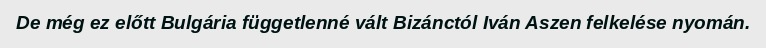
De még ez előtt Bulgária függetlenné vált Bizánctól Iván Aszen felkelése nyomán.